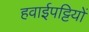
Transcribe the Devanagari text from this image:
हवाईपट्टियों